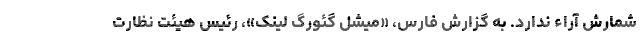
شمارش آراء ندارد. به گزارش فارس، «میشل گئورگ لینک»، رئیس‌ هیئت نظارت